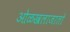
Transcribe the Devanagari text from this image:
ओळखलाजातो